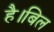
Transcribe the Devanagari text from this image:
है।बिल